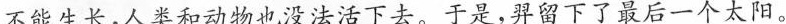
能生长，人类和动物也没法活下去。于是，羿留下了最后一个太阳。